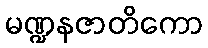
မဏ္ဍနဇာတိကော